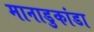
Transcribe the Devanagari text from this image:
मानाडुकांडा